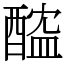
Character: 醓